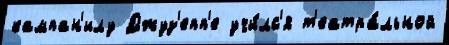
кампан'илу Джуз'епп'е учи́лс'я т'еатра́льной